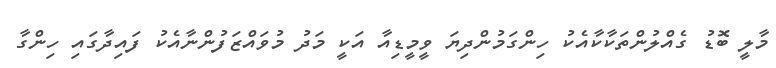
މާލީ ބޮޑު ގެއްލުންތަކާކާއެކު ހިންގަމުންދިޔަ ވީމީޑިއާ އަކީ މަދު މުވައްޒަފުންނާއެކު ފައިދާގައި ހިންގާ